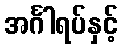
အင်္ဂါရပ်နှင့်